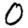
Digit: 0